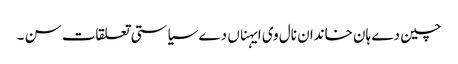
چین دے ہان خاندان نال وی ایہناں دے سیاستی تعلقات سن ۔